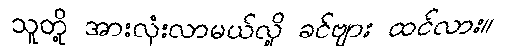
သူတို့ အားလုံးလာမယ်လို့ ခင်ဗျား ထင်လား။